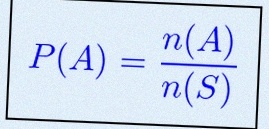
P(A)=\frac{n(A)}{n(S)}